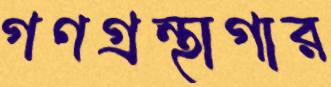
গণগ্রন্থাগার